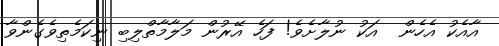
އާއެކު އެހެން  އަކު ނުލާށެވެ! ފަހެ އޭރުން މަލާމާތްލިބި ނިކަމެތިވެގެންވާ